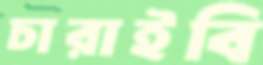
চারাইবি